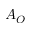
A _ { O }